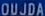
OUJDA